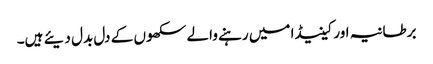
برطانیہ اور کینیڈا میں رہنے والے سکھوں کے دل بدل دیئے ہیں۔